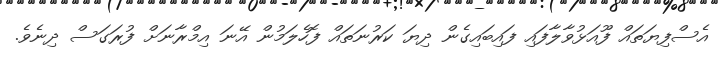
އެސްފިޔަތައް ފޫއަޅުވާލާފައި ފައިބައިގެން ދިޔަ ކަރުނަތައް ފޮހެލަމުން އޭނަ އިމްރާނަށް ފުރަގަސް ދިނެވެ.